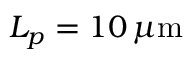
L _ { p } = 1 0 \, \mu \mathrm { m }